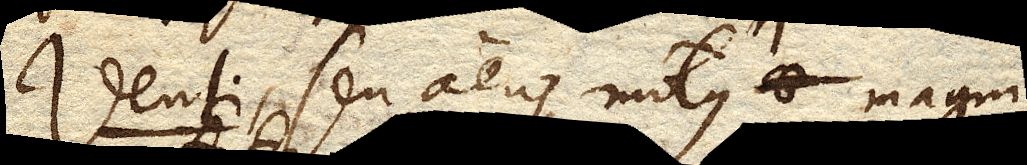
Venti, seu aeris motus magni,